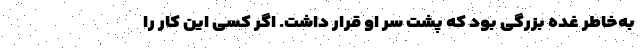
به‌خاطر غده بزرگی بود که پشت سر او قرار داشت. اگر کسی این کار را